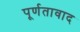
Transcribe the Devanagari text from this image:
पूर्णतावाद